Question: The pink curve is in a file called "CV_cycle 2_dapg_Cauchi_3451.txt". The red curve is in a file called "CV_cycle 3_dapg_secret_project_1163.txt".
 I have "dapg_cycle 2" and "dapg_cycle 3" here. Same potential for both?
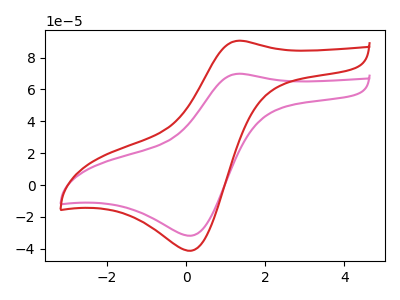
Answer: <think>The pink curve "dapg_cycle 2" has an anodic peak at (1.35V, 69.90uA) and a cathodic peak at (0.15V, -31.75uA). The red curve "dapg_cycle 3" has an anodic peak at (1.35V, 90.65uA) and a cathodic peak at (0.15V, -41.20uA).
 All the peaks in "dapg_cycle 2" have a peak in "dapg_cycle 3" at the same potential. Every peak in "dapg_cycle 2" is lower than every peak in "dapg_cycle 3".</think>
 <answer>"dapg_cycle 2" and "dapg_cycle 3" are similar in shape.</answer>
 <eval>same_shape</eval>